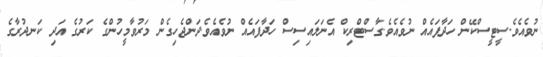
ނުވެއެވެ.ސީޓީސްކޭން ހަދާފައެއް ނުވެއެވެ.ގާސްޓްރިކް އެނަލައިސިސް ހަދާފައެއް ނުވެއެވެ.ދަންޖެހިގެން މަރުވާމީހުންގެ ކަރުގެ އަދި ކަނދުރާގެ